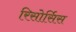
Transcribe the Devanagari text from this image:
रिसोर्सिस